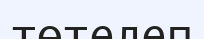
төтелеп